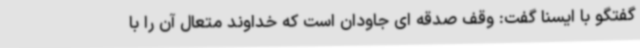
گفتگو با ایسنا گفت: وقف صدقه ای جاودان است که خداوند متعال آن را با